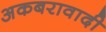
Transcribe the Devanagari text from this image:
अकबरावादी